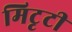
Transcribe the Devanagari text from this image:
मिटृटी